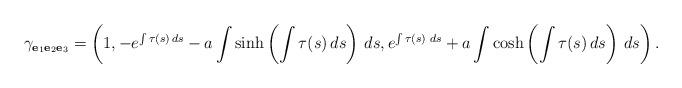
LaTeX: \begin{align*}\gamma_{\mathbf{e}_{1}\mathbf{e}_{2}\mathbf{e}_{3}}=\left( 1,-e^{\int \tau (s)\,ds}-a\int \sinh \left( \int \tau (s)\,ds\right)\,ds,e^{\int \tau (s)\,\,ds}+a\int \cosh \left( \int \tau (s)\,ds\right)\,ds\right).\end{align*}